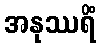
အနုဿရိံ